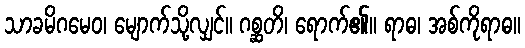
သာခမိဂမေဝ၊ မျောက်သို့လျှင်။ ဂစ္ဆတိ၊ ရောက်၏။ ရာဓ၊ အစ်ကိုရာဓ။